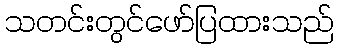
သတင်းတွင်ဖော်ပြထားသည်